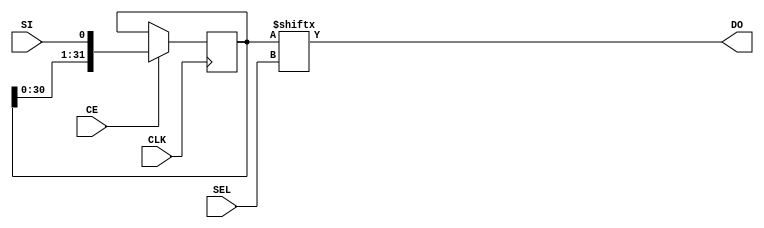
// https://www.xilinx.com/support/documentation/sw_manuals/xilinx2018_3/ug901-vivado-synthesis.pdf

// 32-bit dynamic shift register.
// Download:
(* top *)
module dynamic_shift_register_1 (CLK, CE, SEL, SI, DO);
parameter SELWIDTH = 5;
input CLK, CE, SI;
input [SELWIDTH-1:0] SEL;
output DO;
localparam DATAWIDTH = 2**SELWIDTH;
reg [DATAWIDTH-1:0] data;
assign DO = data[SEL];
always @(posedge CLK)
 begin
 if (CE == 1'b1)
 data <= {data[DATAWIDTH-2:0], SI};
 end
endmodule

`ifndef _AUTOTB
module __test ;
    wire [4095:0] assert_area = "cd dynamic_shift_register_1; select t:SRLC32E -assert-count 1; select t:BUFG t:SRLC32E %% %n t:* %i -assert-none";
endmodule
`endif